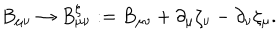
B _ { \mu \nu } \rightarrow B _ { \mu \nu } ^ { \zeta } : = B _ { \mu \nu } + \partial _ { \mu } \zeta _ { \nu } - \partial _ { \nu } \zeta _ { \mu } .